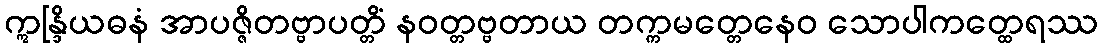
ဣန္ဒြိယဓနံ အာပဇ္ဇိတဗ္ဗာပတ္တိံ နဝတ္တဗ္ဗတာယ တက္ကမတ္တေနေဝ သောပါကတ္ထေရဿ